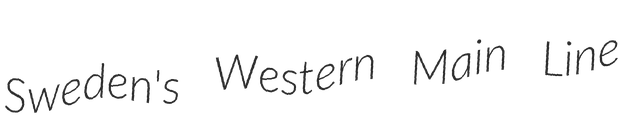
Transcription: Sweden's Western Main Line